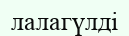
лалагүлді